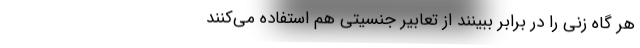
هر گاه زنی را در برابر ببینند از تعابیر جنسیتی هم استفاده می‌کنند